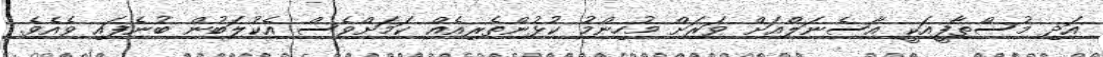
އަދި މުސްތާފީއަކީ އާސެނަލްއަށް ވަރަށް މުހިންމު ކުޅުންތެރިއެއް ކަމަށްވެސް އެކުލަބުން ބުނެފައި ވެއެވެ.